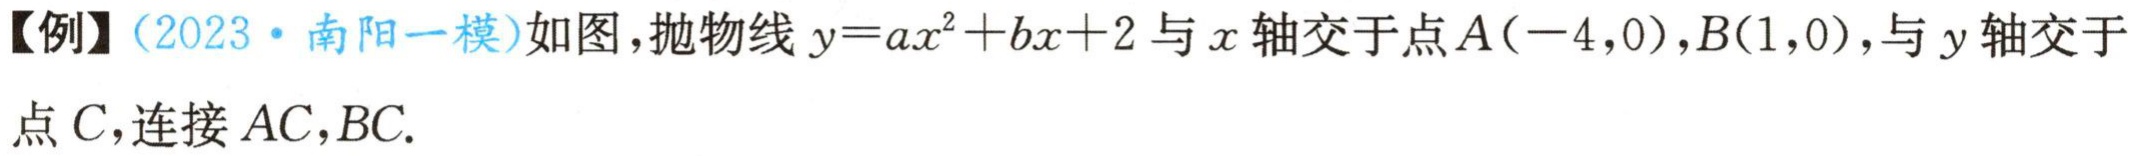
【例】(2023·南阳一模)如图，抛物线\(y = ax^{2}+bx + 2\)与\(x\)轴交于点\(A(-4,0)\)，\(B(1,0)\)，与\(y\)轴交于点\(C\)，连接\(AC\)，\(BC\).